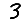
Digit: 3